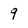
Character: 9